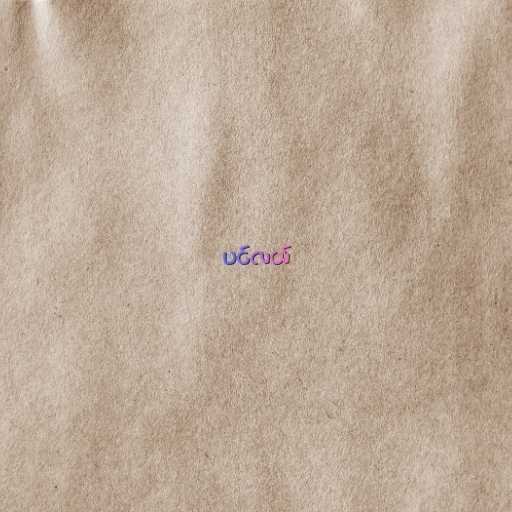
ပင်လယ်